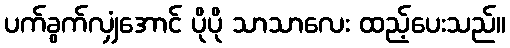
ပက်ခွက်လျှံအောင် ပိုပို သာသာလေး ထည့်ပေးသည်။